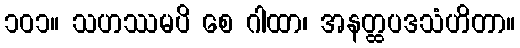
၁၀၁။ သဟဿမပိ စေ ဂါထာ၊ အနတ္ထပဒသံဟိတာ။